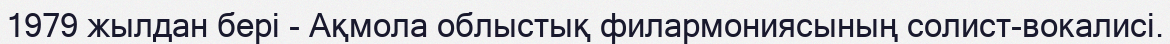
1979 жылдан бері - Ақмола облыстық филармониясының солист-вокалисі.